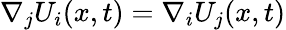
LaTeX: \nabla_{j}U_{i}(x,t)=\nabla_{i}U_{j}(x,t)